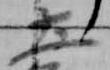
土